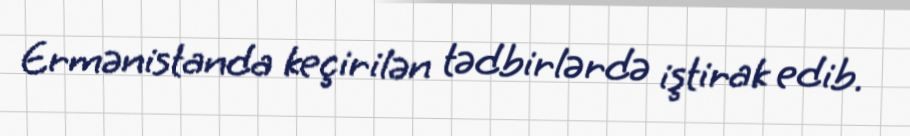
Ermənistanda keçirilən tədbirlərdə iştirak edib.